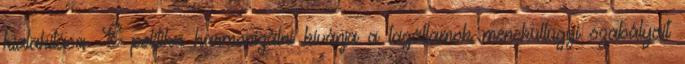
kialakítása. E politika harmonizálni kívánja a tagállamok menekültügyi szabályait